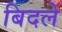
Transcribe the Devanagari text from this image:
बिदले